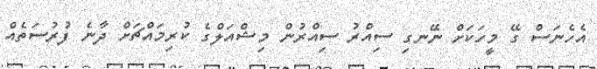
އެހެނަސް ގޭ މީހަކަށް ނޭނގި ސިއްރު ސިއްރުން މިޝްއަލްގެ ކުރިމައްޗަށް ދާނެ ފުރުސަތެއް